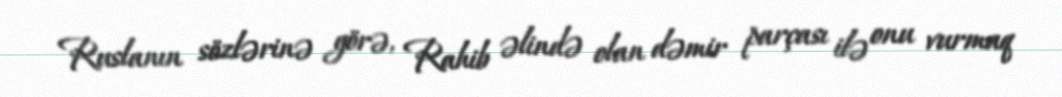
Ruslanın sözlərinə görə, Rahib əlində olan dəmir parçası ilə onu vurmaq